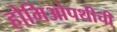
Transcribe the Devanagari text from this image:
होमिओपथीची